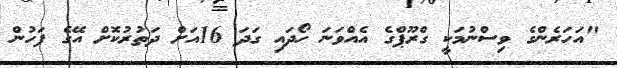
"އަހަރެންގެ ވިސްނުމަކީ ގްރޫޕްގެ އެއްވަނަ ހޯދައި ގަދަ 16އަށް ދަތުރުކޮށް އޭގެ ފަހުން